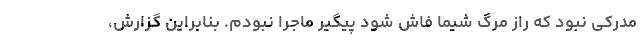
مدرکی نبود که راز مرگ شیما فاش شود پیگیر ماجرا نبودم. بنابراین گزارش،